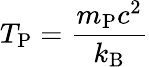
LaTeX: T_{\mathrm{P}}={\frac{m_{\mathrm{P}}c^{2}}{k_{\mathrm{B}}}}